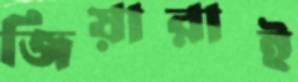
জিয়ারাই